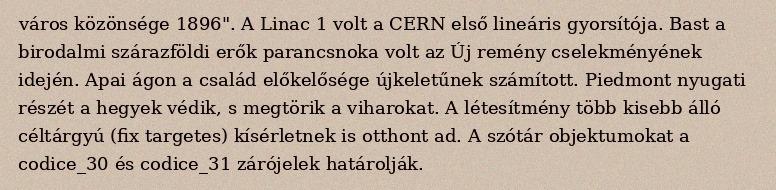
város közönsége 1896". A Linac 1 volt a CERN első lineáris gyorsítója. Bast a birodalmi szárazföldi erők parancsnoka volt az Új remény cselekményének idején. Apai ágon a család előkelősége újkeletűnek számított. Piedmont nyugati részét a hegyek védik, s megtörik a viharokat. A létesítmény több kisebb álló céltárgyú (fix targetes) kísérletnek is otthont ad. A szótár objektumokat a codice_30 és codice_31 zárójelek határolják.